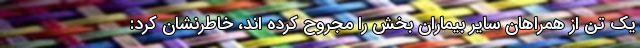
یک تن از همراهان سایر بیماران بخش را مجروح کرده اند، خاطرنشان کرد: